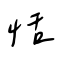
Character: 恬